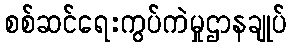
စစ်ဆင်ရေးကွပ်ကဲမှုဌာနချုပ်